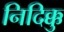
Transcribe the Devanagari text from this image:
निदिक्कु